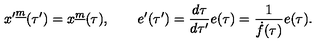
{ x ^ { \prime } } ^ { \underline { m } } ( \tau ^ { \prime } ) = x ^ { \underline { m } } ( \tau ) , \qquad e ^ { \prime } ( \tau ^ { \prime } ) = { \frac { d \tau } { d \tau ^ { \prime } } } e ( \tau ) = { \frac { 1 } { \dot { f } ( \tau ) } } e ( \tau ) .